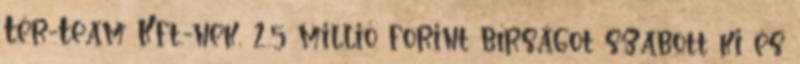
Tér-Team Kft.-nek, 2,5 millió forint bírságot szabott ki és